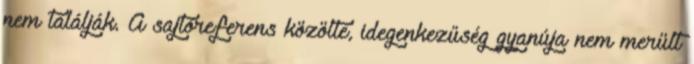
nem találják. A sajtóreferens közölte, idegenkezűség gyanúja nem merült